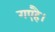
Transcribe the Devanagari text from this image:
गएहै।